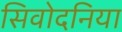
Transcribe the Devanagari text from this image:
सिवोदनिया